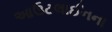
આઉટલાઈનના